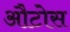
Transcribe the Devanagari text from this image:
औटोस